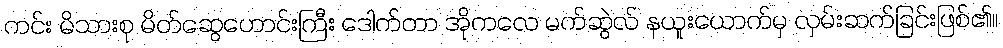
ကင်း မိသားစု မိတ်ဆွေဟောင်းကြီး ဒေါက်တာ အိုကလေ မက်ဆွဲလ် နယူးယောက်မှ လှမ်းဆက်ခြင်းဖြစ်၏။